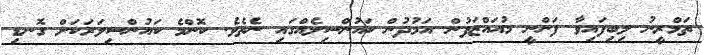
ތަމްރީނު ލިބިފައިވާ ފަންނީ މުއައްޒަފުން އަމުދުން ކައުންސިލެއްގައި ނެތެވެ. ކޮންމެ ކައުންސިލަރަކަށް ގޮނޑި